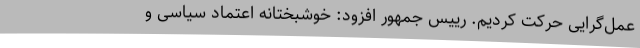
عمل‌گرایی حرکت کردیم. رییس جمهور افزود: خوشبختانه اعتماد سیاسی و